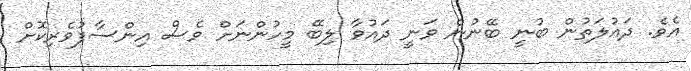
އެވެ. ދައުލަތުން ބުނީ ބޭނުން ވަނީ ދައުވާ ލިބޭ މީހުންނަށް ވެސް އިންސާފުވެރިކޮށް